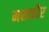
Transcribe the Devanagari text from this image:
मसकौर